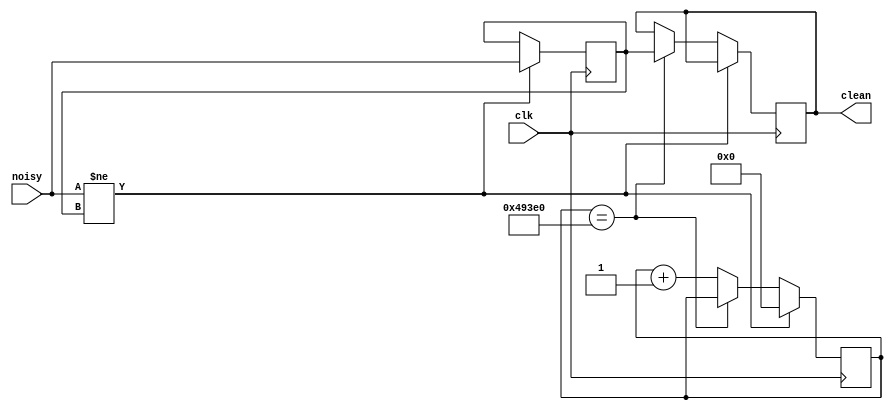
`timescale 1ns / 1ps
//////////////////////////////////////////////////////////////////////////////////
// Company: 
// Engineer: 
// 
// Design Name: 
// Module Name:    debounce 
// Project Name: 
// Target Devices: 
// Tool versions: 
// Description: 
//
// Dependencies: 
//
// Revision: 
// Revision 0.01 - File Created
// Additional Comments: 
//


module debounce (clk, noisy, clean);
   input clk, noisy;
   output clean;

   parameter NDELAY = 300000;
   parameter NBITS = 19;

   reg [NBITS-1:0] count;
   reg xnew, clean;

   always @(posedge clk)
     if (noisy != xnew) begin xnew <= noisy; count <= 0; end
     else if (count == NDELAY) clean <= xnew;
     else count <= count+1;

endmodule